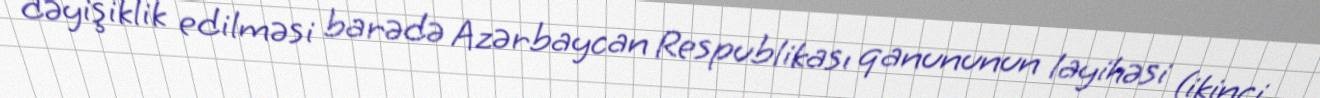
dəyişiklik edilməsi barədə Azərbaycan Respublikası qanununun layihəsi (ikinci